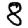
Digit: 8